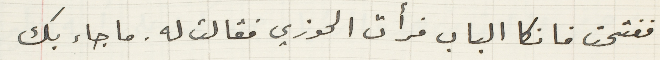
ففتحت فانكا الباب فرأت الحوزي فقالت له. ما جاء بك